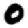
Digit: 0